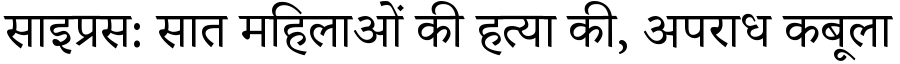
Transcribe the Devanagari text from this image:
साइप्रस: सात महिलाओं की हत्या की, अपराध कबूला